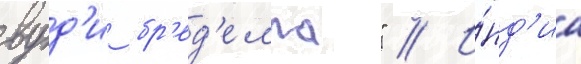
вуд'и бр'ед'елла" // И́нд'иа